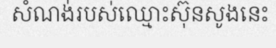
សំណង់របស់ឈ្មោះស៊ុនសូងនេះ